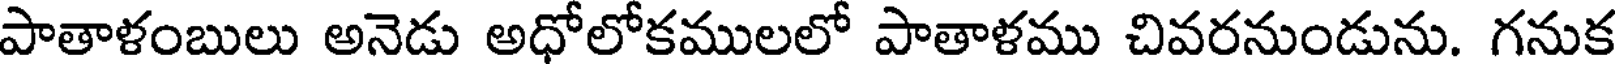
పాతాళంబులు అనెడు అధోలోకములలో పాతాళము చివరనుండును. గనుక